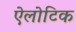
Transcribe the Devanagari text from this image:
ऐलोटिक